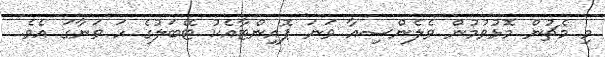
މި މެޗުން މޮޅުވުމުން ވެލެންސިއާ ވަނަ ޕޮއިންޓާއެކު ޓޭބަލުގެ ހަ ވަނާގަ އެވެ.